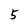
Character: 5